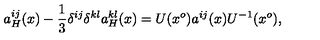
a _ { H } ^ { i j } ( x ) - \frac { 1 } { 3 } \delta ^ { i j } \delta ^ { k l } a _ { H } ^ { k l } ( x ) = U ( x ^ { o } ) a ^ { i j } ( x ) U ^ { - 1 } ( x ^ { o } ) ,